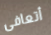
أتعافى